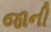
જાની